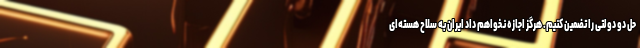
حل دو دولتی را تضمین کنیم. هرگز اجازه نخواهم داد ایران به سلاح هسته‌ای